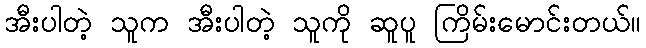
အီးပါတဲ့ သူက အီးပါတဲ့ သူကို ဆူပူ ကြိမ်းမောင်းတယ်။